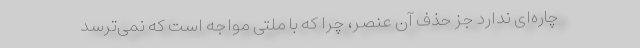
چاره‌ای ندارد جز حذف آن عنصر، چرا که با ملتی مواجه است که نمی‌ترسد